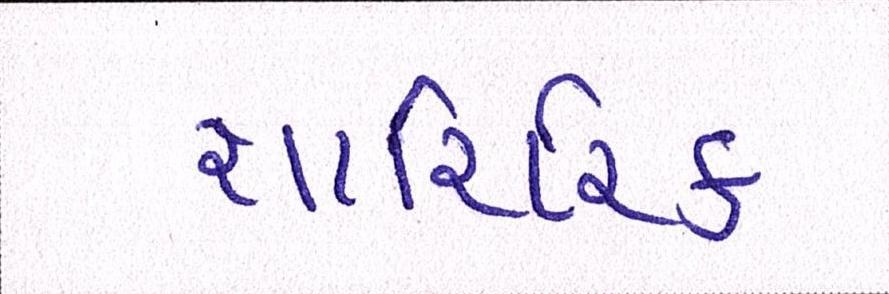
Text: શારિરિક